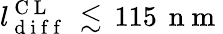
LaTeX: l_{\mathrm{~d~i~f~f~}}^{\mathrm{~C~L~}}\, \lesssim\, 115\, \mathrm{~n~m~}